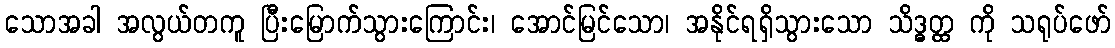
သောအခါ အလွယ်တကူ ပြီးမြောက်သွားကြောင်း၊ အောင်မြင်သော၊ အနိုင်ရရှိသွားသော သိဒ္ဓတ္ထ ကို သရုပ်ဖော်